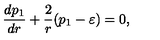
\frac { d p _ { 1 } } { d r } + \frac { 2 } { r } ( p _ { 1 } - \varepsilon ) = 0 ,